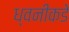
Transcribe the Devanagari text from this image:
ध्वनीकडे